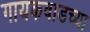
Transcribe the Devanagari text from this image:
गायकवाडच्या